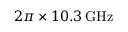
2 \pi \times 1 0 . 3 \, \mathrm { G H z }